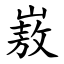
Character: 㟼